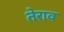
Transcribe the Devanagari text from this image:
तेराव